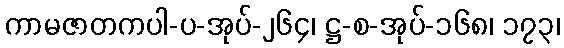
ကာမဇာတကပါ-ပ-အုပ်-၂၆၄၊ ဋ္ဌ-စ-အုပ်-၁၆၈၊ ၁၇၃၊